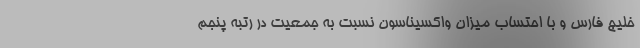
خلیج فارس و با احتساب میزان واکسیناسون نسبت به جمعیت در رتبه پنجم